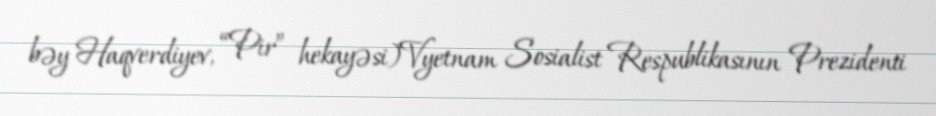
bəy Haqverdiyev, “Pir” hekayəsi)Vyetnam Sosialist Respublikasının Prezidenti